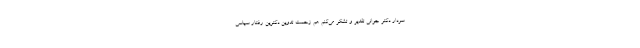
سردار دکتر جوانی تقدیر و تشکر می‌کنم هم زحمت تدوین دکترین رفتار سیاسی